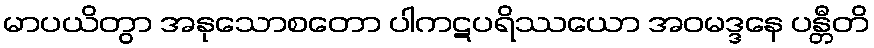
မာပယိတွာ အနုသောစတော ပါကဋပရိဿယော အဝမဒ္ဒနေ ပန္တီတိ